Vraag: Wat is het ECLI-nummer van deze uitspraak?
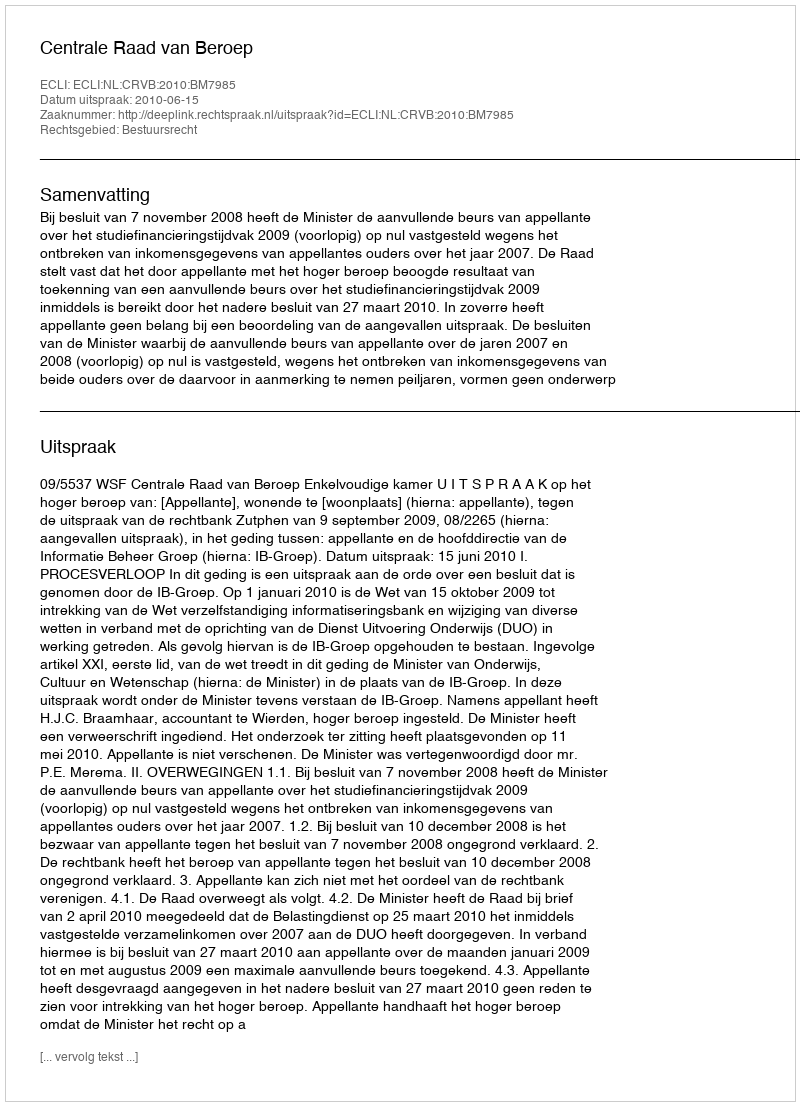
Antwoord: ECLI:NL:CRVB:2010:BM7985